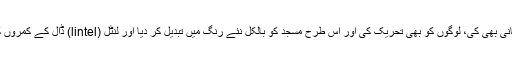
مالی قربانی بھی کی، وقت کی قربانی بھی کی، لوگوں کو بھی تحریک کی اور اس طرح مسجد کو بالکل نئے رنگ میں تبدیل کر دیا اور لنٹل (lintel) ڈال کے کمروں کی دیواریں بعد میں نکال دی گئیں۔